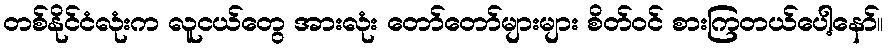
တစ်နိုင်ငံလုံးက လူငယ်တွေ အားလုံး တော်တော်များများ စိတ်ဝင် စားကြတယ်ပေါ့နော်။